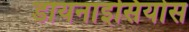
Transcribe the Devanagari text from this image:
डायनाइसियोस